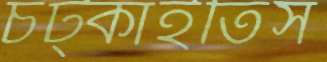
চট্‌কাইতিস